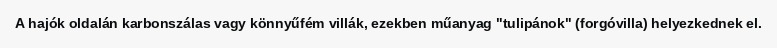
A hajók oldalán karbonszálas vagy könnyűfém villák, ezekben műanyag "tulipánok" (forgóvilla) helyezkednek el.